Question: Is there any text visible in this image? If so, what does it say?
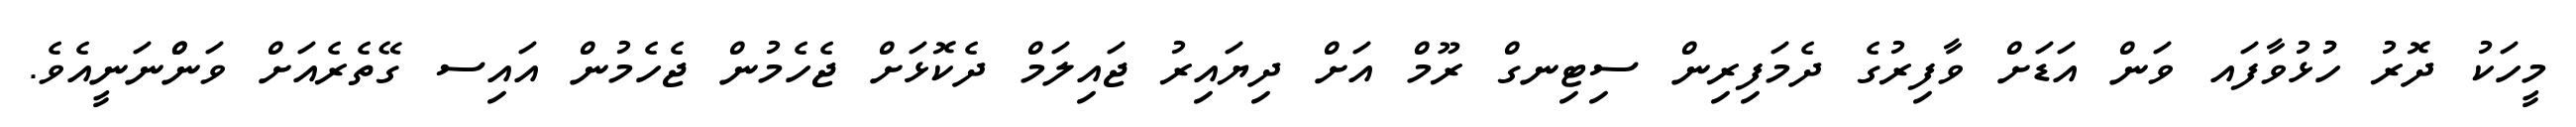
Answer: މީހަކު ދޮރު ހުުޅުވާފައ ވަން އަޑަށް ވާފިރުގެ ދެމަފިރިން ސިޓިނގް ރޫމް އަށް ދިޔައިރު ޖައިލަމް ދެކޮޅަށް ޖެހެމުން ޖެހެމުން އައިސ ގޭތެރެއަށް ވަންްނަނީއެވެ.